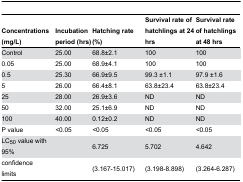
| Concentrations (mg/L) | Incubation period (hrs) | Hatching rate (%) | Survival rate of hatchlings at 24 hrs | Survival rate of hatchlings at 48 hrs |
 | --- | --- | --- | --- | --- |
 | Control | 25.00 | 68.8±2.1 | 100 | 100 |
 | 0.05 | 25.00 | 68.9±4.1 | 100 | 100 |
 | 0.5 | 25.30 | 66.9±9.5 | 99.3 ±1.1 | 97.9 ±1.6 |
 | 5 | 26.00 | 66.4±8.1 | 63.8±23.4 | 63.8±23.4 |
 | 25 | 28.00 | 26.9±3.6 | ND | ND |
 | 50 | 32.00 | 25.1±6.9 | ND | ND |
 | 100 | 40.00 | 0.12±0.2 | ND | ND |
 | P value | <0.05 | <0.05 | <0.05 | <0.05 |
 | LC50 value with 95% |  | 6.725 | 5.702 | 4.642 |
 | confidence limits |  | (3.167-15.017) | (3.198-8.898) | (3.264-6.287) |